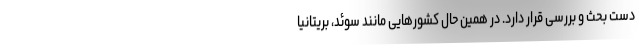
دست بحث و بررسی قرار دارد. در همین حال کشورهایی مانند سوئد، بریتانیا